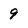
Character: 9